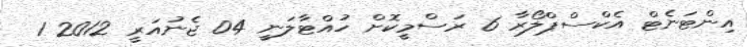
އިންޓަނެޓް އެކްސްޕްލޯރާ 6 ރަސްމީކޮށް ހުއްޓާލަނީ 04 ޖެނުއަރީ 2012 1